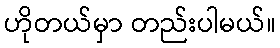
ဟိုတယ်မှာ တည်းပါမယ်။